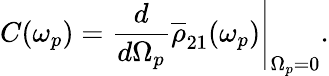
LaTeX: C(\omega_{p})=\left.\frac{d}{d\Omega_{p}}\overline{\rho}_{21}(\omega_{p})\right|_{\Omega_{p}=0}.